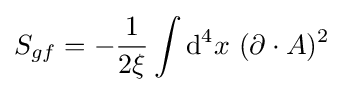
S_{gf}=-{\frac {1}{2\xi }}\int \mathrm {d} ^{4}x\ (\partial \cdot A)^{2}\